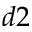
d 2